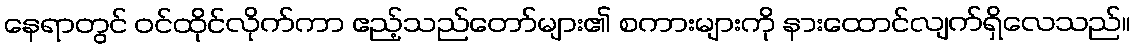
နေရာတွင် ဝင်ထိုင်လိုက်ကာ ဧည့်သည်တော်များ၏ စကားများကို နားထောင်လျက်ရှိလေသည်။